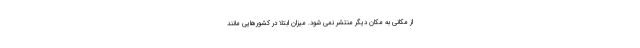
از مکانی به مکان دیگر منتشر نمی شود. میزان ابتلا در کشورهایی مانند